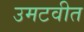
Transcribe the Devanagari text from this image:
उमटवीत